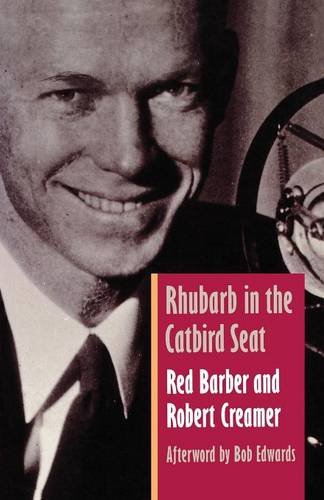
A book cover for Rhubarb in the Catbird Seat; Red Barber; Sports & Outdoors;